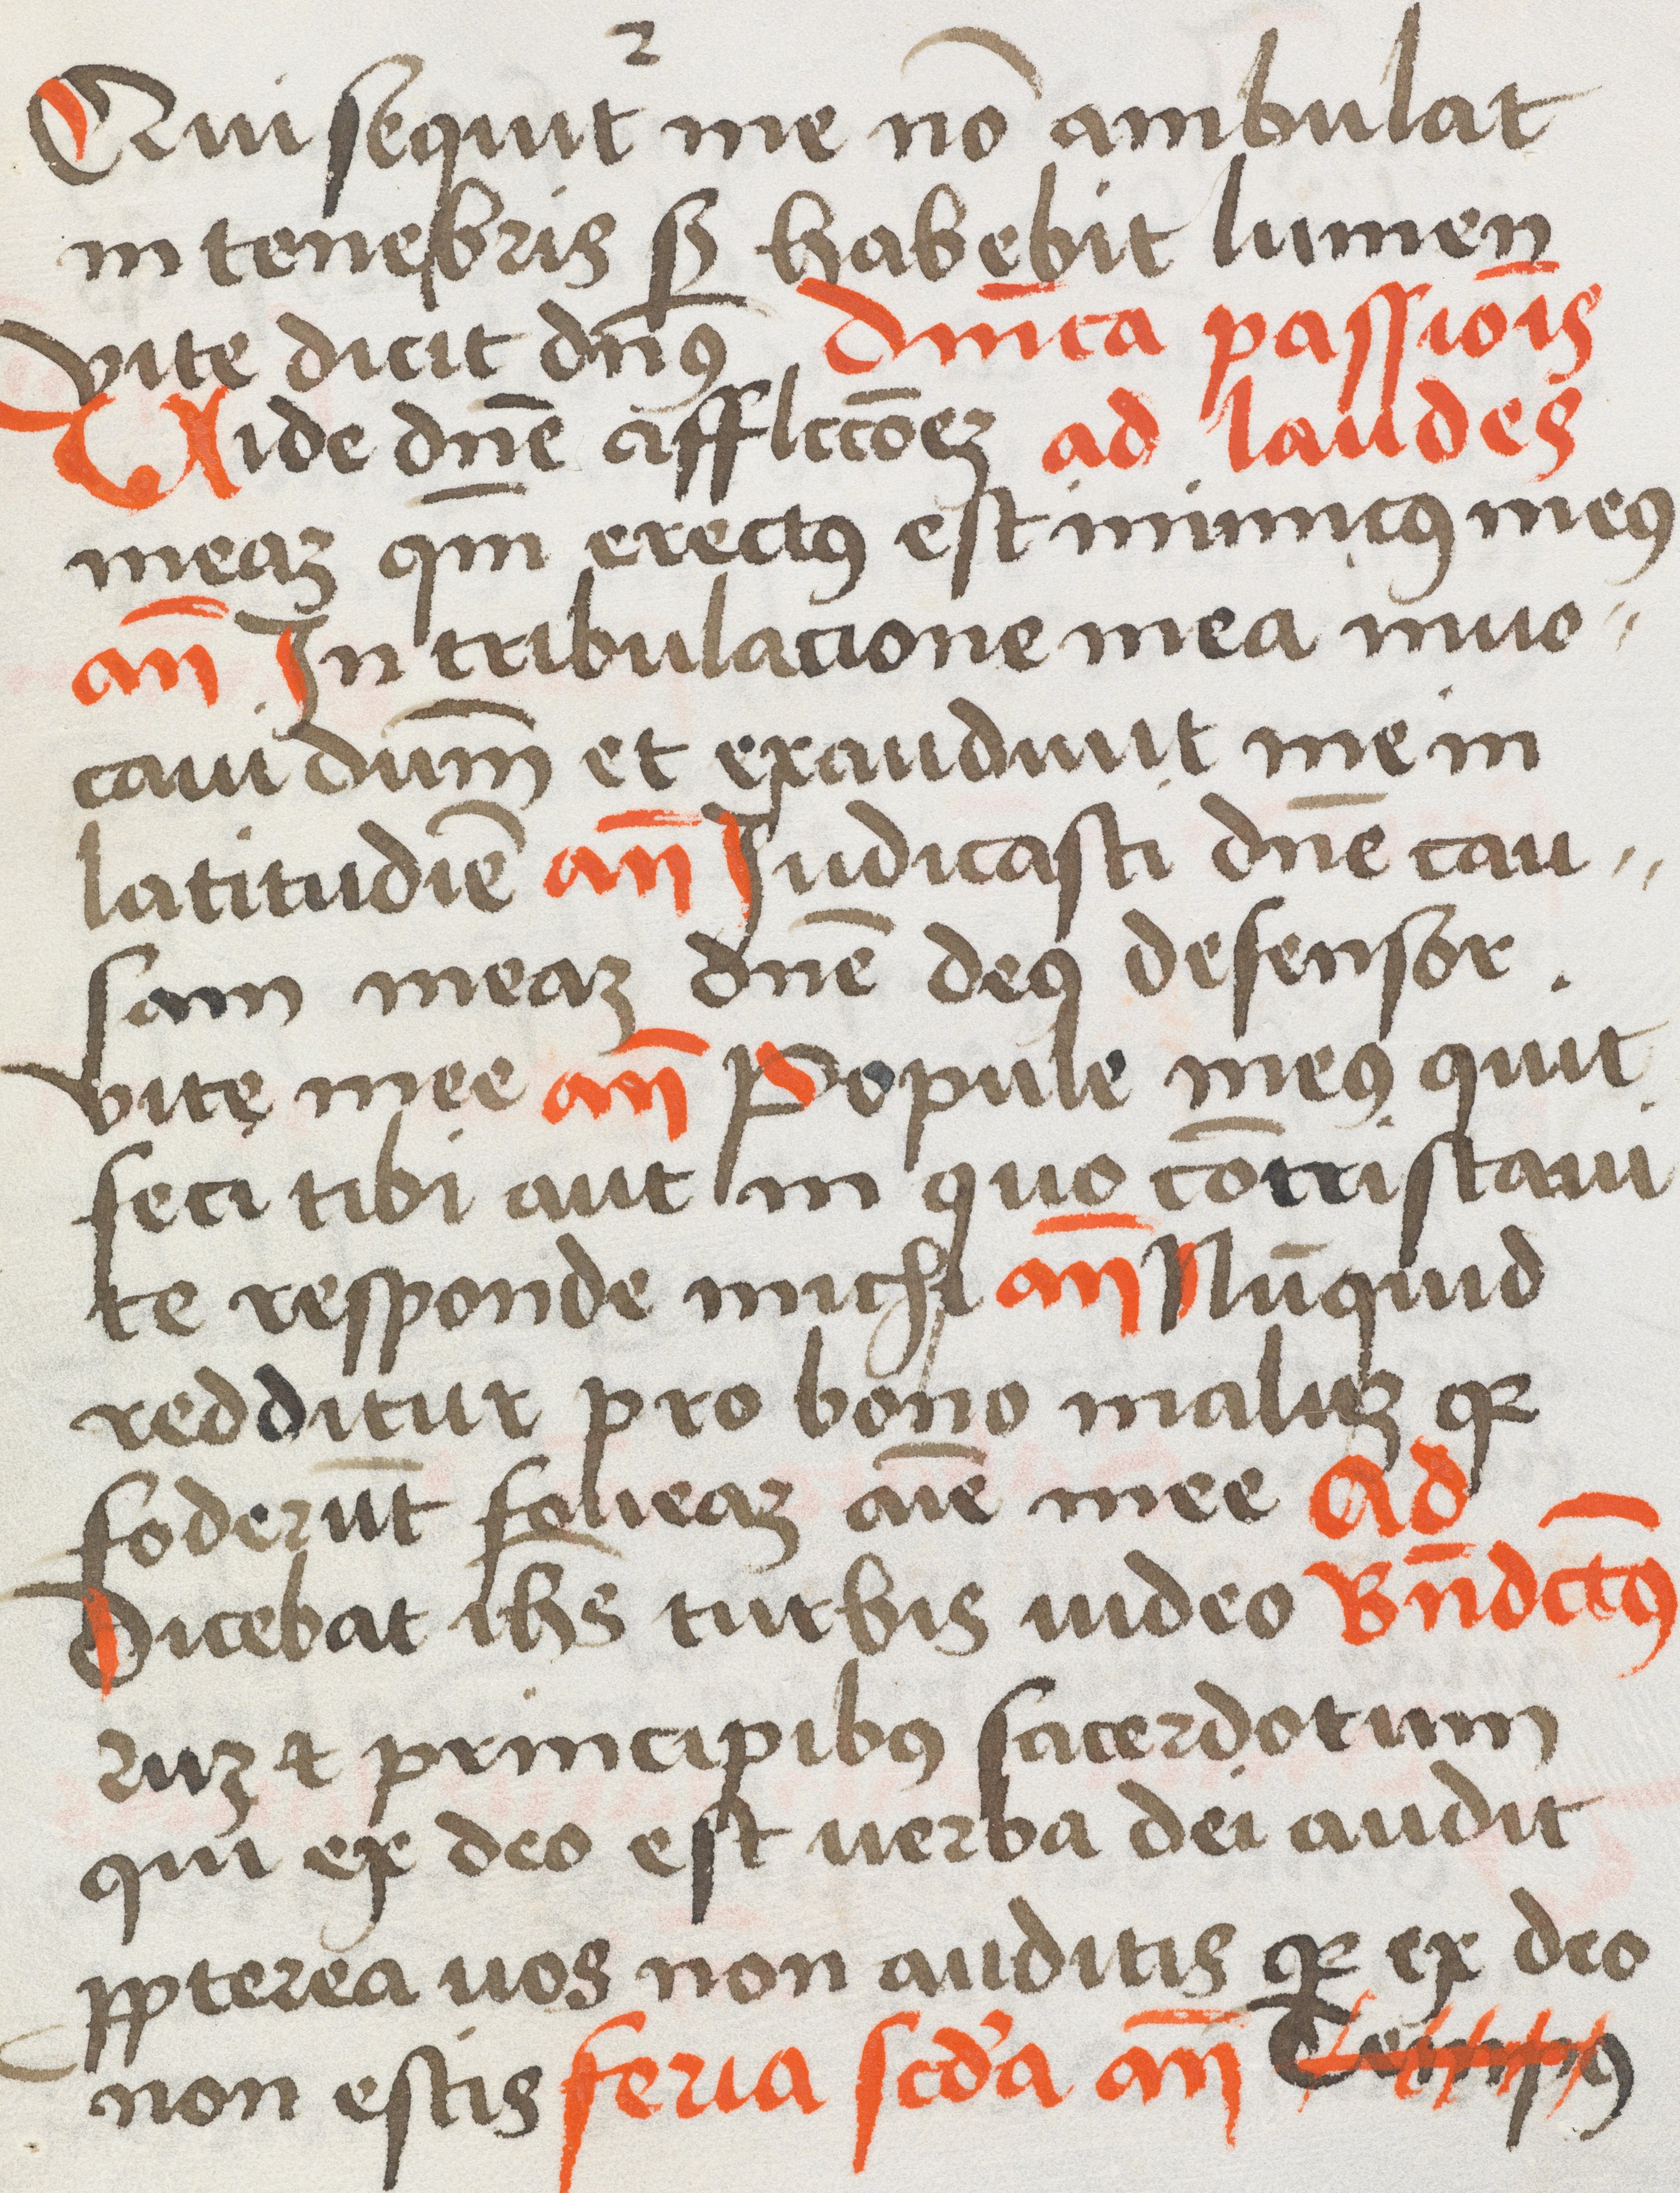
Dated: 1450–1530